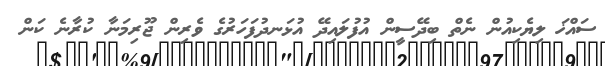
ސައްޚަ ލިޔެކިއުން ނެތް ބިދޭސީން އުފުލައިދޭ އުޅަނދުފަހަރުގެ ވެރިން ޖޫރިމަނާ ކުރާނެ ކަން